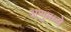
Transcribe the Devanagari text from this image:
अणुमध्ये